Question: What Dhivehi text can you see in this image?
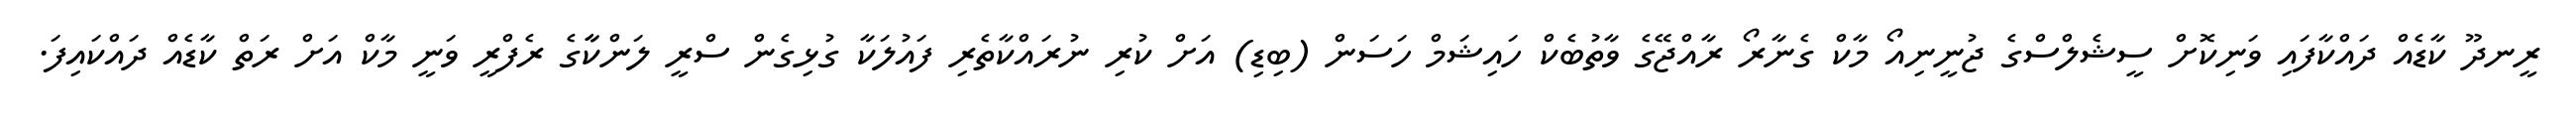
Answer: ރީނދޫ ކާޑެއް ދައްކާފައި ވަނިކޮށް ސީޝެލްސްގެ ޖުނީނިއޯ މާކް ގެނާރޯ ރާއްޖޭގެ ވާތުބެކް ހައިޝަމް ހަސަން (ބިޑި) އަށް ކުރި ނުރައްކާތެރި ފައުލަކާ ގުޅިގެން ސްރީ ލަންކާާގެ ރެފްރީ ވަނީ މާކް އަށް ރަތް ކާޑެއް ދައްކައިފަ.